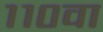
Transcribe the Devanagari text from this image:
११०वा